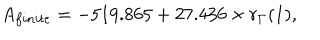
A _ { f i n i t e } = - 5 1 9 . 8 6 5 + 2 7 . 4 3 6 \times r _ { \Gamma } ( 1 ) ,